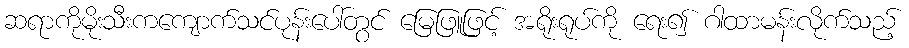
ဆရာကိုမိုးသီးကကျောက်သင်ပုန်းပေါ်တွင် မြေဖြူဖြင့် အရိုးရုပ်ကို ရေး၍ ဂါထာမန်းလိုက်သည့်